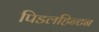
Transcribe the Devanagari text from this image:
पिडलहिन्टन